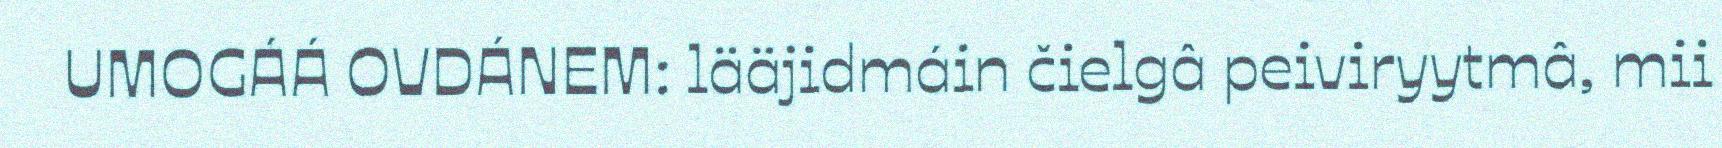
UMOGÁÁ OVDÁNEM: lääjidmáin čielgâ peiviryytmâ, mii